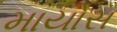
માયોસ